Treatise on elephants
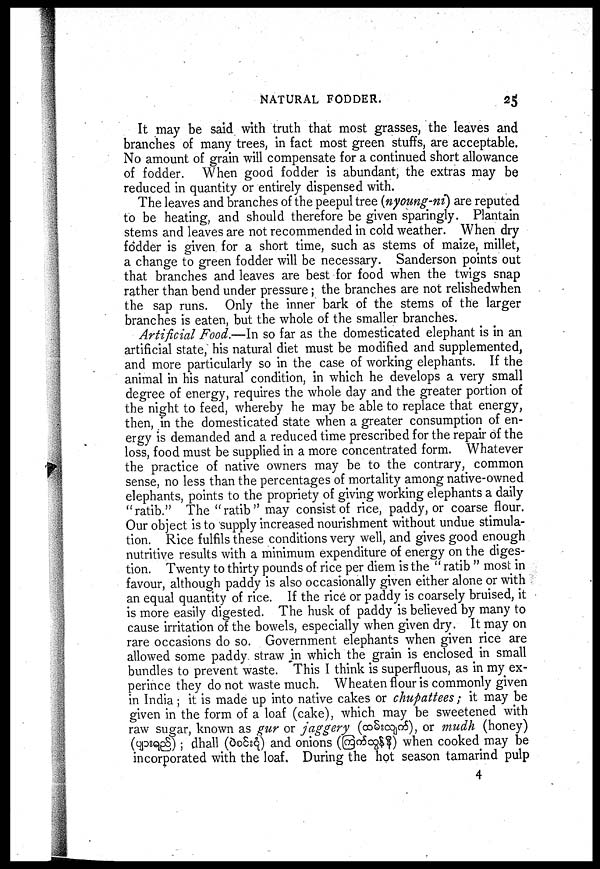
NATURAL FODDER.
25
It may be said with truth that most grasses, the leaves and
branches of many trees, in fact most green stuffs, are acceptable.
No amount of grain will compensate for a continued short allowance
of fodder. When good fodder is abundant, the extras may be
reduced in quantity or entirely dispensed with.
The leaves and branches of the peepul tree (nyoung-ni) are reputed
to be heating, and should therefore be given sparingly. Plantain
stems and leaves are not recommended in cold weather. When dry
fodder is given for a short time, such as stems of maize, millet,
a change to green fodder will be necessary. Sanderson points out
that branches and leaves are best for food when the twigs snap
rather than bend under pressure; the branches are not relishedwhen
the sap runs. Only the inner bark of the stems of the larger
branches is eaten, but the whole of the smaller branches.
Artificial Food.—In so far as the domesticated elephant is in an
artificial state, his natural diet must be modified and supplemented,
and more particularly so in the case of working elephants. If the
animal in his natural condition, in which he develops a very small
degree of energy, requires the whole day and the greater portion of
the night to feed, whereby he may be able to replace that energy,
then, in the domesticated state when a greater consumption of en-
ergy is demanded and a reduced time prescribed for the repair of the
loss, food must be supplied in a more concentrated form. Whatever
the practice of native owners may be to the contrary, common
sense, no less than the percentages of mortality among native-owned
elephants, points to the propriety of giving working elephants a daily
"ratib." The "ratib" may consist of rice, paddy, or coarse flour.
Our object is to supply increased nourishment without undue stimula-
tion. Rice fulfils these conditions very well, and gives good enough
nutritive results with a minimum expenditure of energy on the diges-
tion. Twenty to thirty pounds of rice per diem is the "ratib" most in
favour, although paddy is also occasionally given either alone or with
an equal quantity of rice. If the rice or paddy is coarsely bruised, it
is more easily digested. The husk of paddy is believed by many to
cause irritation of the bowels, especially when given dry. It may on
rare occasions do so. Government elephants when given rice are
allowed some paddy straw in which the grain is enclosed in small
bundles to prevent waste. This I think is superfluous, as in my ex-
perince they do not waste much. Wheaten flour is commonly given
in India; it is made up into native cakes or chupattees; it may be
given in the form of a loaf (cake), which may be sweetened with
raw sugar, known as gur or jaggery (
), or mudh (honey)
(
) ; dhall (
) and onions (
) when cooked may be
incorporated with the loaf. During the hot season tamarind pulp
4